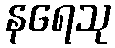
နရေသု